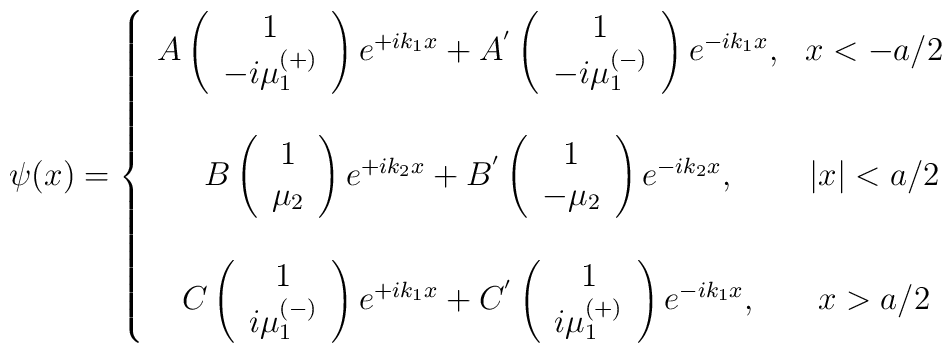
\psi (x)=\left\{\begin{array}{cc}A\left(\begin{array}{c}1 \\-i\mu _{1}^{\left( +\right) }\end{array}\right) e^{+ik_{1}x}+A^{^{\prime }}\left(\begin{array}{c}1 \\-i\mu _{1}^{\left( -\right) }\end{array}\right) e^{-ik_{1}x}, & x<-a/2 \\&  \\B\left(\begin{array}{c}1 \\\mu _{2}\end{array}\right) e^{+ik_{2}x}+B^{^{\prime }}\left(\begin{array}{c}1 \\-\mu _{2}\end{array}\right) e^{-ik_{2}x}, & |x|<a/2 \\&  \\C\left(\begin{array}{c}1 \\i\mu _{1}^{\left( -\right) }\end{array}\right) e^{+ik_{1}x}+C^{^{\prime }}\left(\begin{array}{c}1 \\i\mu _{1}^{\left( +\right) }\end{array}\right) e^{-ik_{1}x}, & x>a/2\end{array}\right.